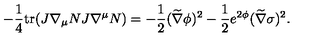
- { \frac { 1 } { 4 } } \mathrm { t r } ( J \nabla _ { \mu } N J \nabla ^ { \mu } N ) = - { \frac { 1 } { 2 } } ( \widetilde \nabla \phi ) ^ { 2 } - { \frac { 1 } { 2 } } e ^ { 2 \phi } ( \widetilde \nabla \sigma ) ^ { 2 } .